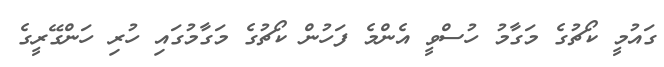
ގައުމީ ކޯޗުގެ މަގާމު ހުސްވީ އެންމެ ފަހުން ކޯޗުގެ މަގާމުގައި ހުރި ހަންގޭރީގެ